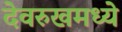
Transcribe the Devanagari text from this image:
देवरुखमध्ये